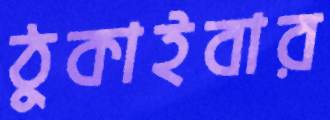
ঠুকাইবার